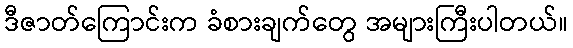
ဒီဇာတ်ကြောင်းက ခံစားချက်တွေ အများကြီးပါတယ်။